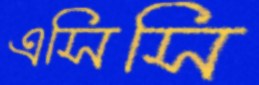
এসিসি